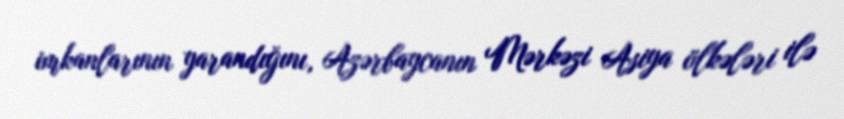
imkanlarının yarandığını, Azərbaycanın Mərkəzi Asiya ölkələri ilə